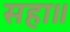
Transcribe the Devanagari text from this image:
सहा॥